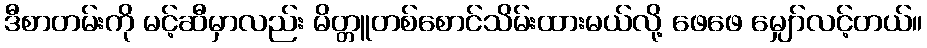
ဒီစာတမ်းကို မင့်ဆီမှာလည်း မိတ္တူတစ်စောင်သိမ်းထားမယ်လို့ ဖေဖေ မျှော်လင့်တယ်။